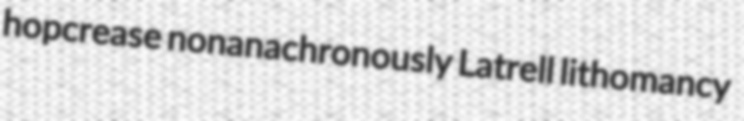
hopcrease nonanachronously Latrell lithomancy